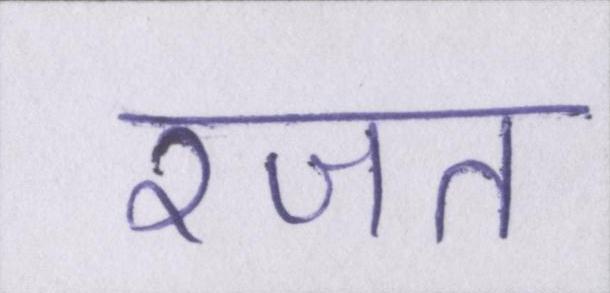
रजत